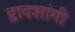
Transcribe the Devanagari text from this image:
द्वादशांगी